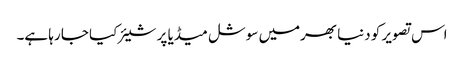
اس تصویر کو دنیا بھرمیں سوشل میڈیا پر شیئر کیا جا رہا ہے۔